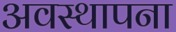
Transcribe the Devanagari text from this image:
अवस्‍थापना